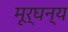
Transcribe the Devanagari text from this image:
मूर्घन्य